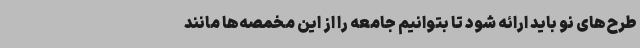
طرح‌های نو باید ارائه شود تا بتوانیم جامعه را از این مخمصه‌ها مانند